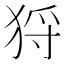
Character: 𤞙